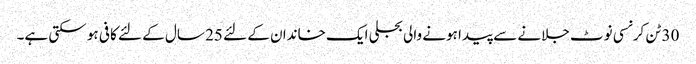
30 ٹن کرنسی نوٹ جلانے سے پیدا ہونے والی بجلی ایک خاندان کے لئے 25 سال کے لئے کافی ہو سکتی ہے۔